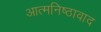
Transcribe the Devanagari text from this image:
आत्मनिष्ठावाद